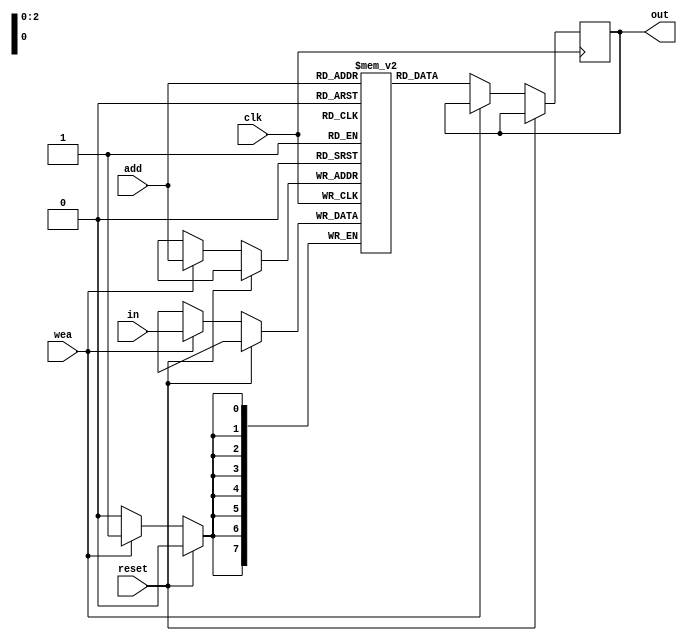
module ram8(in,out,clk,wea,add,reset);
input reset;
input clk,wea;
input[7:0] in;
output[7:0] out;
input[2:0] add;
reg[7:0]RAM[7:0];
reg[7:0] out;
always@ (posedge clk)
begin
if(!reset)
begin
if(wea)
RAM[add]<=in;	
else
out<=RAM[add];
end
end
endmodule